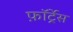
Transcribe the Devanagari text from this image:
फ़ॉर्ट्रेस